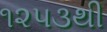
૧૨૫૩થી